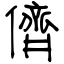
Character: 儕